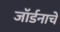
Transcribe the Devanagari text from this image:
जॉर्डनाचे